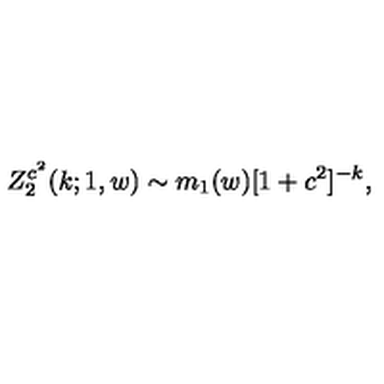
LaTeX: Z _ { 2 } ^ { c ^ { 2 } } ( k ; 1 , w ) \sim m _ { 1 } ( w ) [ 1 + c ^ { 2 } ] ^ { - k } ,